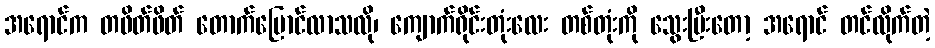
အရောင်က တဖိတ်ဖိတ် တောက်ပြောင်လာသလို၊ ကျောက်ရိုင်းတုံးလေး တစ်တုံးကို သွေးပြီးတော့ အရောင် တင်လိုက်တဲ့